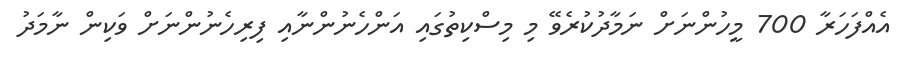
އެއްފަހަރާ 700 މީހުންނަށް ނަމާދުކުރެވޭ މި މިސްކިތުގައި އަންހެނުންނާއި ފިރިހެނުންނަށް ވަކިން ނާމަދު